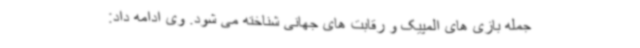
جمله بازی های المپیک و رقابت های جهانی شناخته می شود. وی ادامه داد: